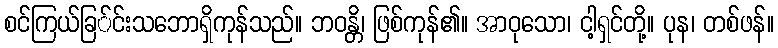
စင်ကြယ်ခြ်င်းသဘောရှိကုန်သည်။ ဘဝန္တိ၊ ဖြစ်ကုန်၏။ အာဝုသော၊ ငါ့ရှင်တို့။ ပုန၊ တစ်ဖန်။